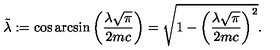
\tilde { \lambda } : = \cos \arcsin \left( \frac { \lambda \sqrt { \pi } } { 2 m c } \right) = \sqrt { 1 - \left( \frac { \lambda \sqrt { \pi } } { 2 m c } \right) ^ { 2 } } .